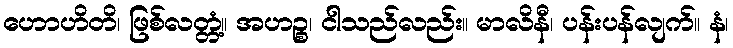
ဟောဟိတိ၊ ဖြစ်လတ္တံ့။ အဟဉ္စ၊ ငါသည်လည်း။ မာလိနီ၊ ပန်းပန်လျက်။ နံ၊